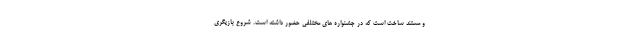
و مستند ساخت است که در جشنواره های مختلفی حضور داشته است. شروع بازیگری